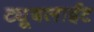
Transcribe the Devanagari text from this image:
ट्यूबलाईट